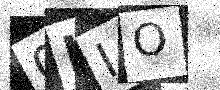
Text: 0LIO